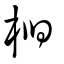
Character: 桕